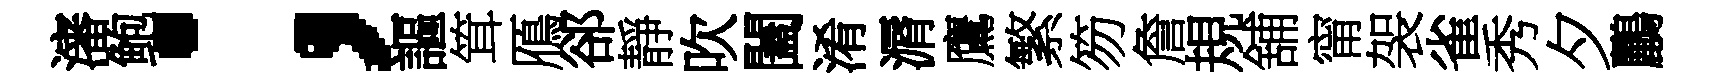
瀋鲍；謳䇯鴈郤靜吹闔淆漘鷹繁笏詹規舖甯袈雀秀夕鸝